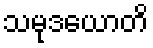
သမုဒယောတိ